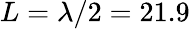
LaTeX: L=\lambda/2=21.9